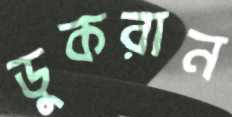
ডুকরান